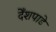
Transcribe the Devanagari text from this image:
देँशपाडे